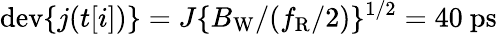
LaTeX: \mathrm{dev}\{ j(t[i])\} =J\{ B_{\mathrm{W}}/(f_{\mathrm{R}}/2)\} ^{1/2}=40~\mathrm{ps}